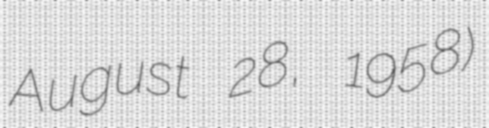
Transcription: August 28, 1958)